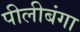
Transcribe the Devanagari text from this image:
पीलीबंगा